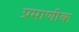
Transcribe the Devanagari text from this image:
प्रमाणीक